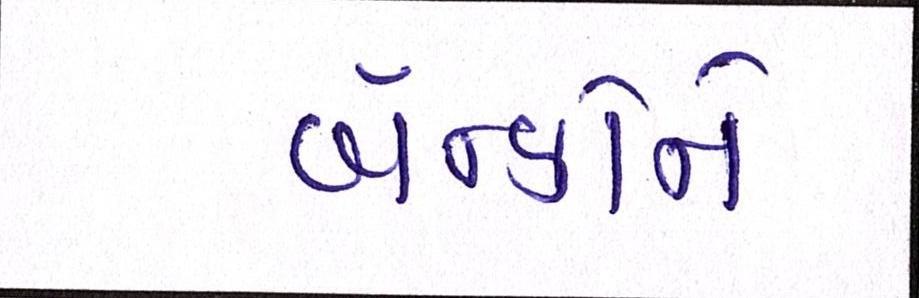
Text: બેન્કોને